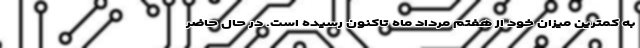
به کمترین میزان خود از هفتم مرداد ماه تاکنون رسیده است. در حال حاضر